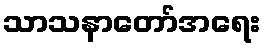
သာသနာတော်အရေး